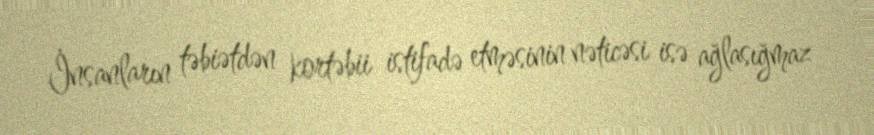
İnsanların təbiətdən kortəbii istifadə etməsinin nəticəsi isə ağlasığmaz